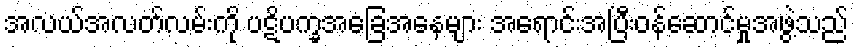
အလယ်အလတ်လမ်းကို ပဋိပက္ခအခြေအနေများ အရောင်းအပြီးဝန်ဆောင်မှုအဖွဲ့သည်